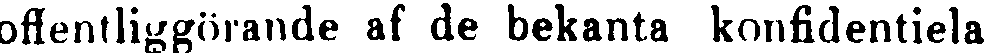
offentliggörande af de bekanta konfidentiela